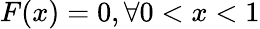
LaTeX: F(x)=0,\forall 0<x<1